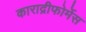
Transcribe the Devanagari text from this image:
काराद्रीफोर्मेस